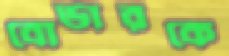
বোর্ডারকে